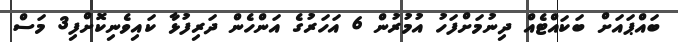
ބައްޕައަށް ބަކައްޓެއް ދިނުމަށްފަހު އުމުރުން 6 އަހަރުގެ އަންހެން ދަރިފުޅާ ކައިވެނިކޮށްފި3 މަސް